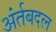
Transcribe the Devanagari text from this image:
अंर्तबदल